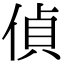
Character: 偵